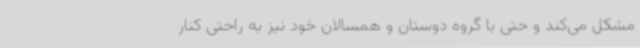
مشکل می‌کند و حتی با گروه دوستان و همسالان خود نیز به راحتی کنار